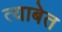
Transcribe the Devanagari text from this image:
त्याबेत